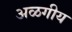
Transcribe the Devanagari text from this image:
अळगीय